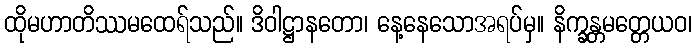
ထိုမဟာတိဿမထေရ်သည်။ ဒိဝါဋ္ဌာနတော၊ နေ့နေသောအရပ်မှ။ နိက္ခန္တမတ္တေယဝ၊